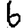
Digit: 6